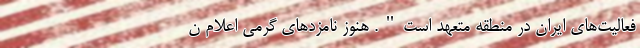
فعالیت‌های ایران در منطقه متعهد است". هنوز نامزدهای گرَمی اعلام ن